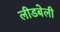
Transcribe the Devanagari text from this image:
लीडबेली